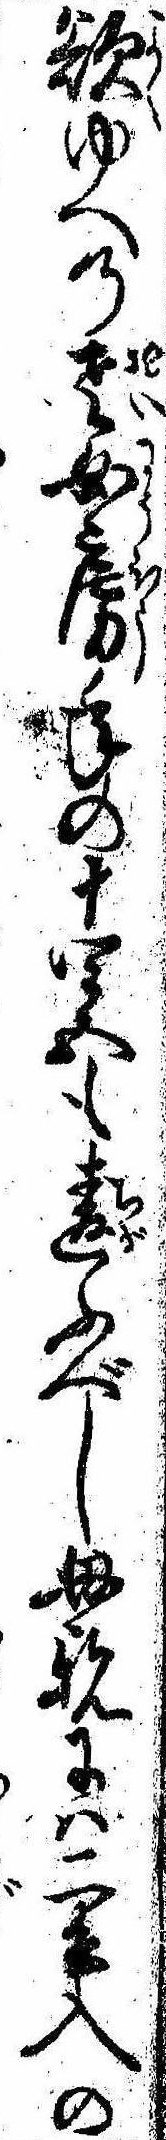
欲ゆへの老女房年の十四五も違ふべし母親には二升入の